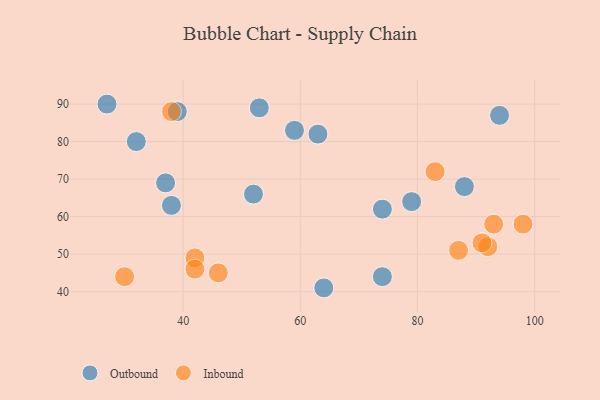
{"axis": {"x": "GDP", "y": "Life Expectancy"}, "legend": ["Inbound", "Outbound"], "data": [{"x": "37", "y": 69, "type": "Outbound"}, {"x": "27", "y": 90, "type": "Outbound"}, {"x": "52", "y": 66, "type": "Outbound"}, {"x": "74", "y": 62, "type": "Outbound"}, {"x": "88", "y": 68, "type": "Outbound"}, {"x": "94", "y": 87, "type": "Outbound"}, {"x": "39", "y": 88, "type": "Outbound"}, {"x": "79", "y": 64, "type": "Outbound"}, {"x": "38", "y": 63, "type": "Outbound"}, {"x": "63", "y": 82, "type": "Outbound"}, {"x": "74", "y": 44, "type": "Outbound"}, {"x": "64", "y": 41, "type": "Outbound"}, {"x": "53", "y": 89, "type": "Outbound"}, {"x": "59", "y": 83, "type": "Outbound"}, {"x": "32", "y": 80, "type": "Outbound"}, {"x": "30", "y": 44, "type": "Inbound"}, {"x": "83", "y": 72, "type": "Inbound"}, {"x": "38", "y": 88, "type": "Inbound"}, {"x": "42", "y": 49, "type": "Inbound"}, {"x": "92", "y": 52, "type": "Inbound"}, {"x": "98", "y": 58, "type": "Inbound"}, {"x": "93", "y": 58, "type": "Inbound"}, {"x": "91", "y": 53, "type": "Inbound"}, {"x": "87", "y": 51, "type": "Inbound"}, {"x": "46", "y": 45, "type": "Inbound"}, {"x": "42", "y": 46, "type": "Inbound"}]}